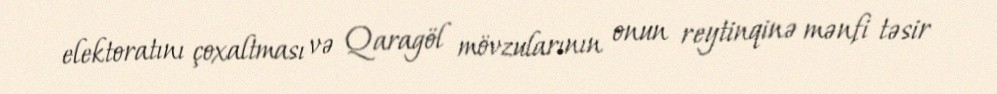
elektoratını çoxaltması və Qaragöl mövzularının onun reytinqinə mənfi təsir